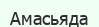
Амасьяда